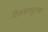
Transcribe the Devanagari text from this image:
चिकमागळूरच्या